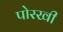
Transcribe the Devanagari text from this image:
पोरखी